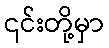
၎င်းတို့မှာ